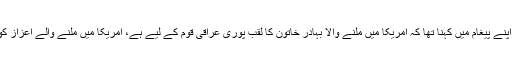
ام اقصیٰ کا عراقی شہریوں کے لیے اپنے پیغام میں کہنا تھا کہ امریکا میں ملنے والا بہادر خاتون کا لقب پوری عراقی قوم کے لیے ہے، امریکا میں ملنے والے اعزاز کو پوری قوم کے لیے ہدیہ کرتی ہوں۔